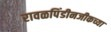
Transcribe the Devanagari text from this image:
रावळपिंडीनजीकच्या